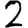
Digit: 2